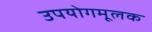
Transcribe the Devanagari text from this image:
उपयोगमूलक